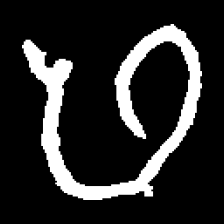
Pyu character \u2014 Myanmar letter: ဖ (romanized: pha)